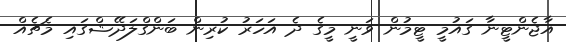
އާޖެންޓީނާ ގައުމީ ޓީމުން ވަނީ މީގެ ދެ އަހަރު ކުރިން ބަންގްލަދޭޝްގައި މެޗެއް